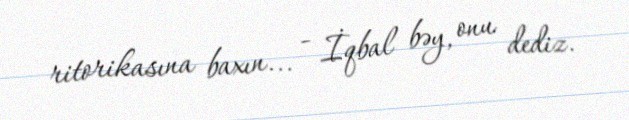
ritorikasına baxın... - İqbal bəy, onu dediz.